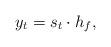
LaTeX: \begin{align*} y_{t} = s_{t}\cdot h_{f},\end{align*}